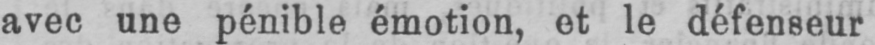
avec une pénible émotion, et le défenseur